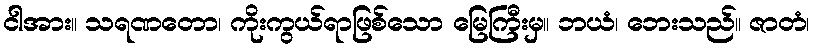
ငါအား။ သရဏတော၊ ကိုးကွယ်ရာဖြစ်သော မြေကြီးမှ။ ဘယံ၊ ဘေးသည်။ ဇာတံ၊